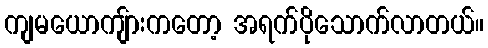
ကျမယောကျ်ားကတော့ အရက်ပိုသောက်လာတယ်။